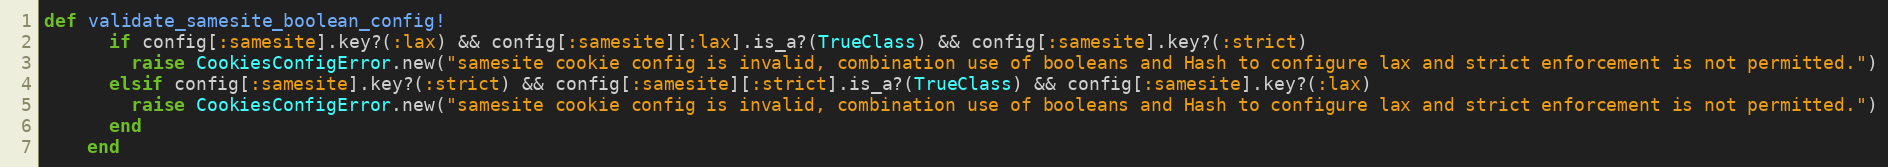
Language: Ruby
def validate_samesite_boolean_config!
      if config[:samesite].key?(:lax) && config[:samesite][:lax].is_a?(TrueClass) && config[:samesite].key?(:strict)
        raise CookiesConfigError.new("samesite cookie config is invalid, combination use of booleans and Hash to configure lax and strict enforcement is not permitted.")
      elsif config[:samesite].key?(:strict) && config[:samesite][:strict].is_a?(TrueClass) && config[:samesite].key?(:lax)
        raise CookiesConfigError.new("samesite cookie config is invalid, combination use of booleans and Hash to configure lax and strict enforcement is not permitted.")
      end
    end